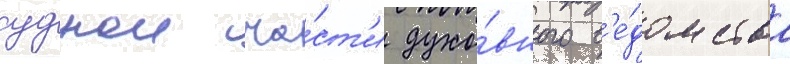
суднои ча́ст'и духо́вного в'е́домства